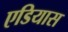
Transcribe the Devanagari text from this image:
एडियास